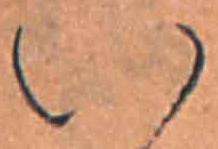
い